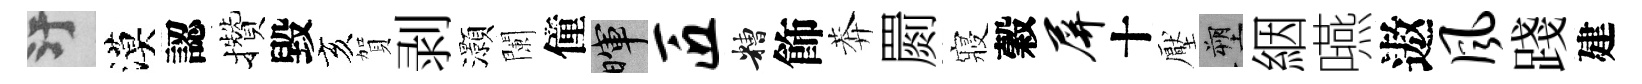
污漠認攢毀亥賀剥灝闌僮暉匠糟飾莾罽寢穀屏十壓塑絪嚥遨风踐建